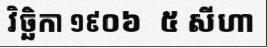
វិច្ឆិកា ១៩០៦  ៥ សីហា